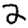
Digit: 3